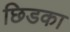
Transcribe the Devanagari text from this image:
छिडका